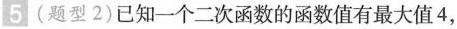
5（题型2）已知一个二次函数的函数值有最大值4，